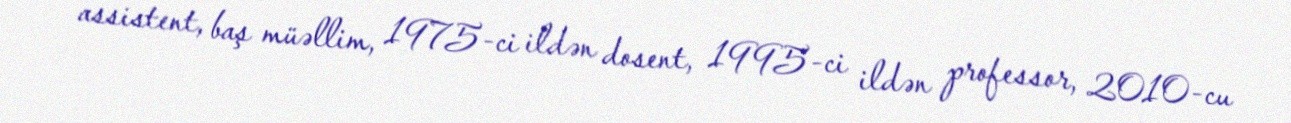
assistent, baş müəllim, 1975-ci ildən dosent, 1995-ci ildən professor, 2010-cu